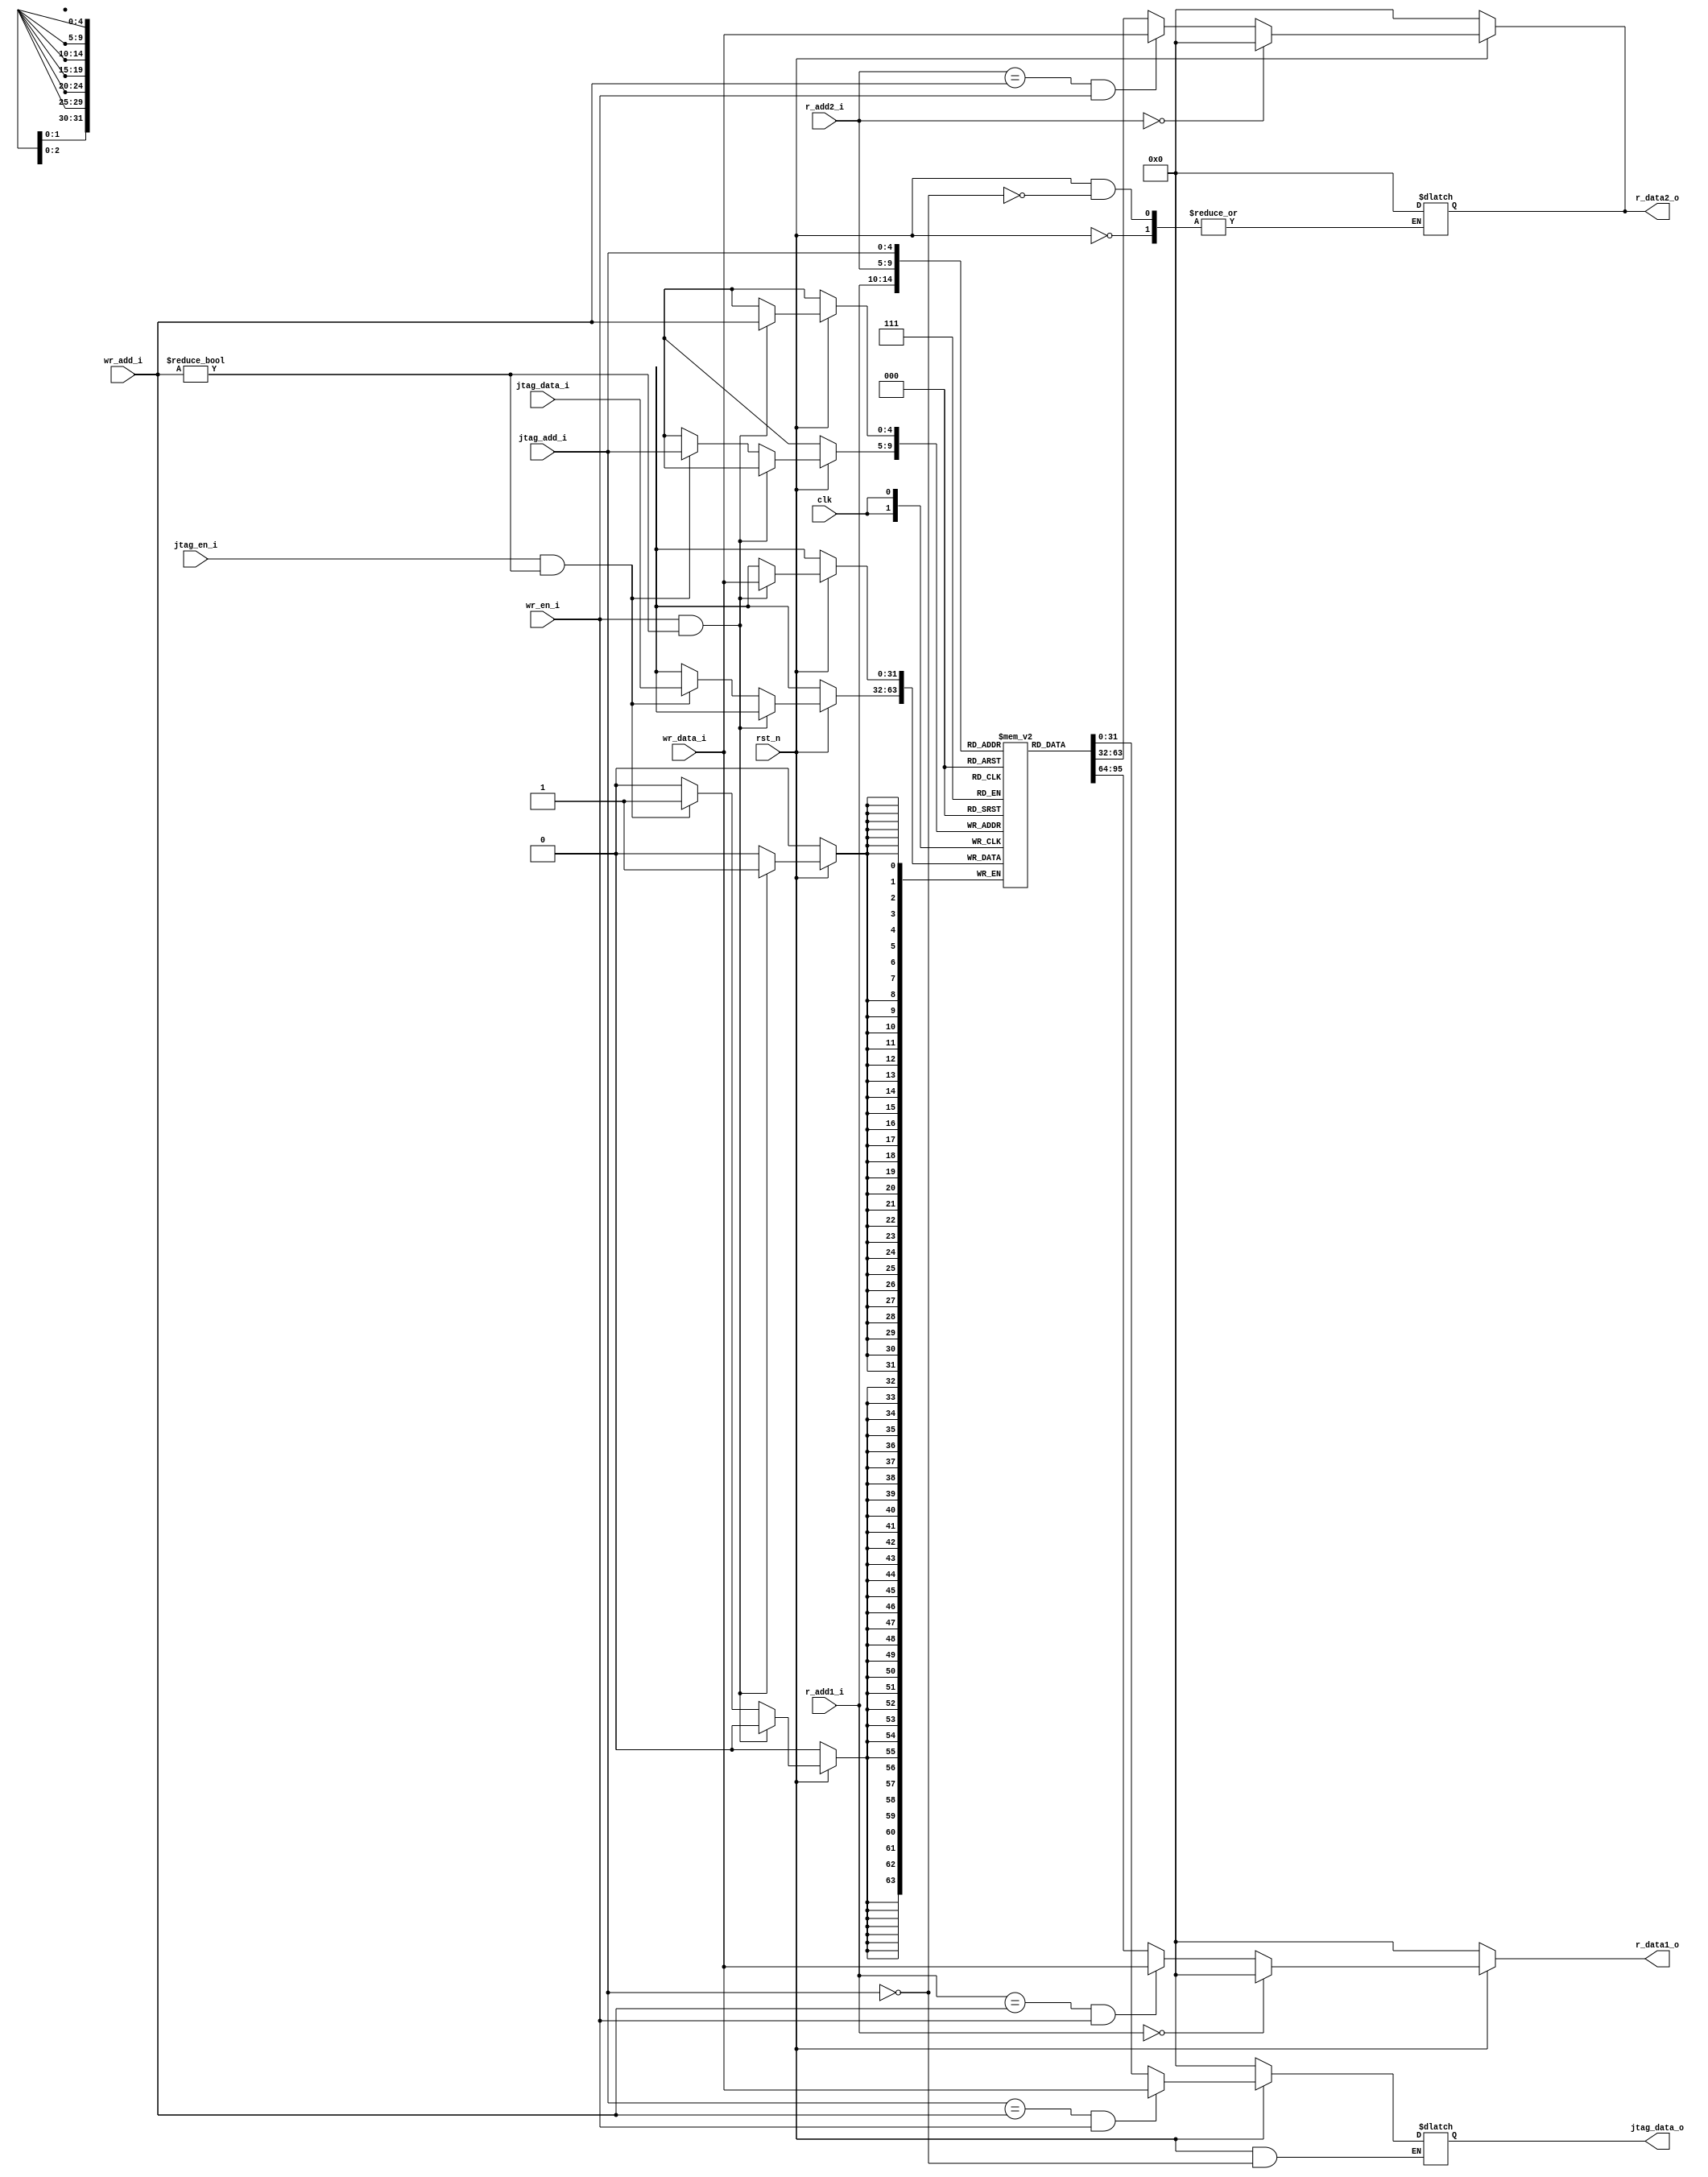
module register(
	input clk,
	input rst_n,
	input wr_en_i,
	input [4:0] wr_add_i,
	input [31:0] wr_data_i,
	input jtag_en_i,
	input [4:0] jtag_add_i,
	input [31:0] jtag_data_i,
	input [4:0] r_add1_i,
	input [4:0] r_add2_i,
	output reg [31:0] r_data1_o,
	output reg [31:0] r_data2_o,
	output reg [31:0] jtag_data_o
);

reg [31:0] regs [0:31];
always@(posedge clk)
begin
	if(rst_n != 0)
	begin
		if(wr_en_i && wr_add_i != 0)
		begin
			regs[wr_add_i] <= wr_data_i ;
		end
		
		else if( jtag_en_i && wr_add_i != 0)
		begin
			regs[jtag_add_i] <= jtag_data_i ;
		end
	end
end

always@(*)
begin
	if(rst_n == 0)
	begin
		r_data1_o <= 0;
	end
	
	else if (r_add1_i == 0)
	begin
		r_data1_o <= 0;
	end
	
	else if (r_add1_i == wr_add_i && wr_en_i)
	begin
		r_data1_o <= wr_data_i;
	end
	
	else 
		r_data1_o <= regs[r_add1_i];
end

always@(*)
begin
	if(rst_n == 0)
	begin
		r_data2_o <= 0;
	end
	
	else if (r_add2_i == 0)
	begin
		r_data2_o <= 0;
	end
	
	else if (r_add2_i == wr_add_i && wr_en_i)
	begin
		r_data2_o <= wr_data_i;
	end
	
	else 
		r_data2_o <= regs[r_add2_i];
	
end

always@(*)
begin
	if(rst_n == 0)
	begin
		jtag_data_o <= 0;
	end
	
	else if (jtag_add_i == 0)
	begin
		r_data2_o <= 0;
	end
	
	else if (jtag_add_i == wr_add_i && wr_en_i)
	begin
		jtag_data_o <= wr_data_i;
	end
	
	else 
		jtag_data_o <= regs[jtag_add_i];
end

endmodule